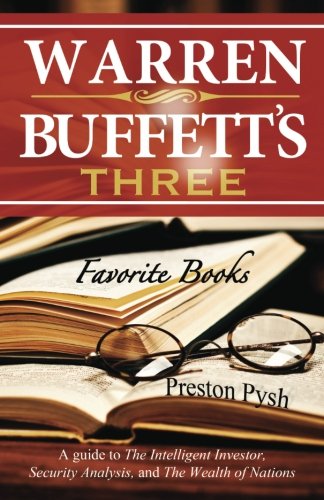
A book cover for Warren Buffett's 3 Favorite Books: A guide to The Intelligent Investor, Security Analysis, and The Wealth of Nations; Preston George Pysh; Business & Money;